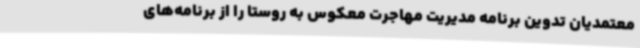
معتمدیان تدوین برنامه مدیریت مهاجرت معکوس به روستا را از برنامه‌های